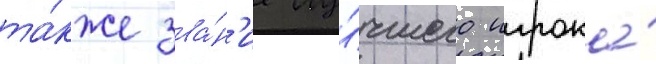
та́кже зва́н'ие лу́чшего игрока́